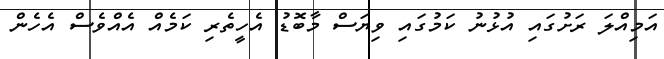
އަމިއްލަ ރަށުގައި އުޅުނު ކަމުގައި ވިޔަސް މާބޮޑު އެހީތެރި ކަމެއް އެއްވެސް އެހެން